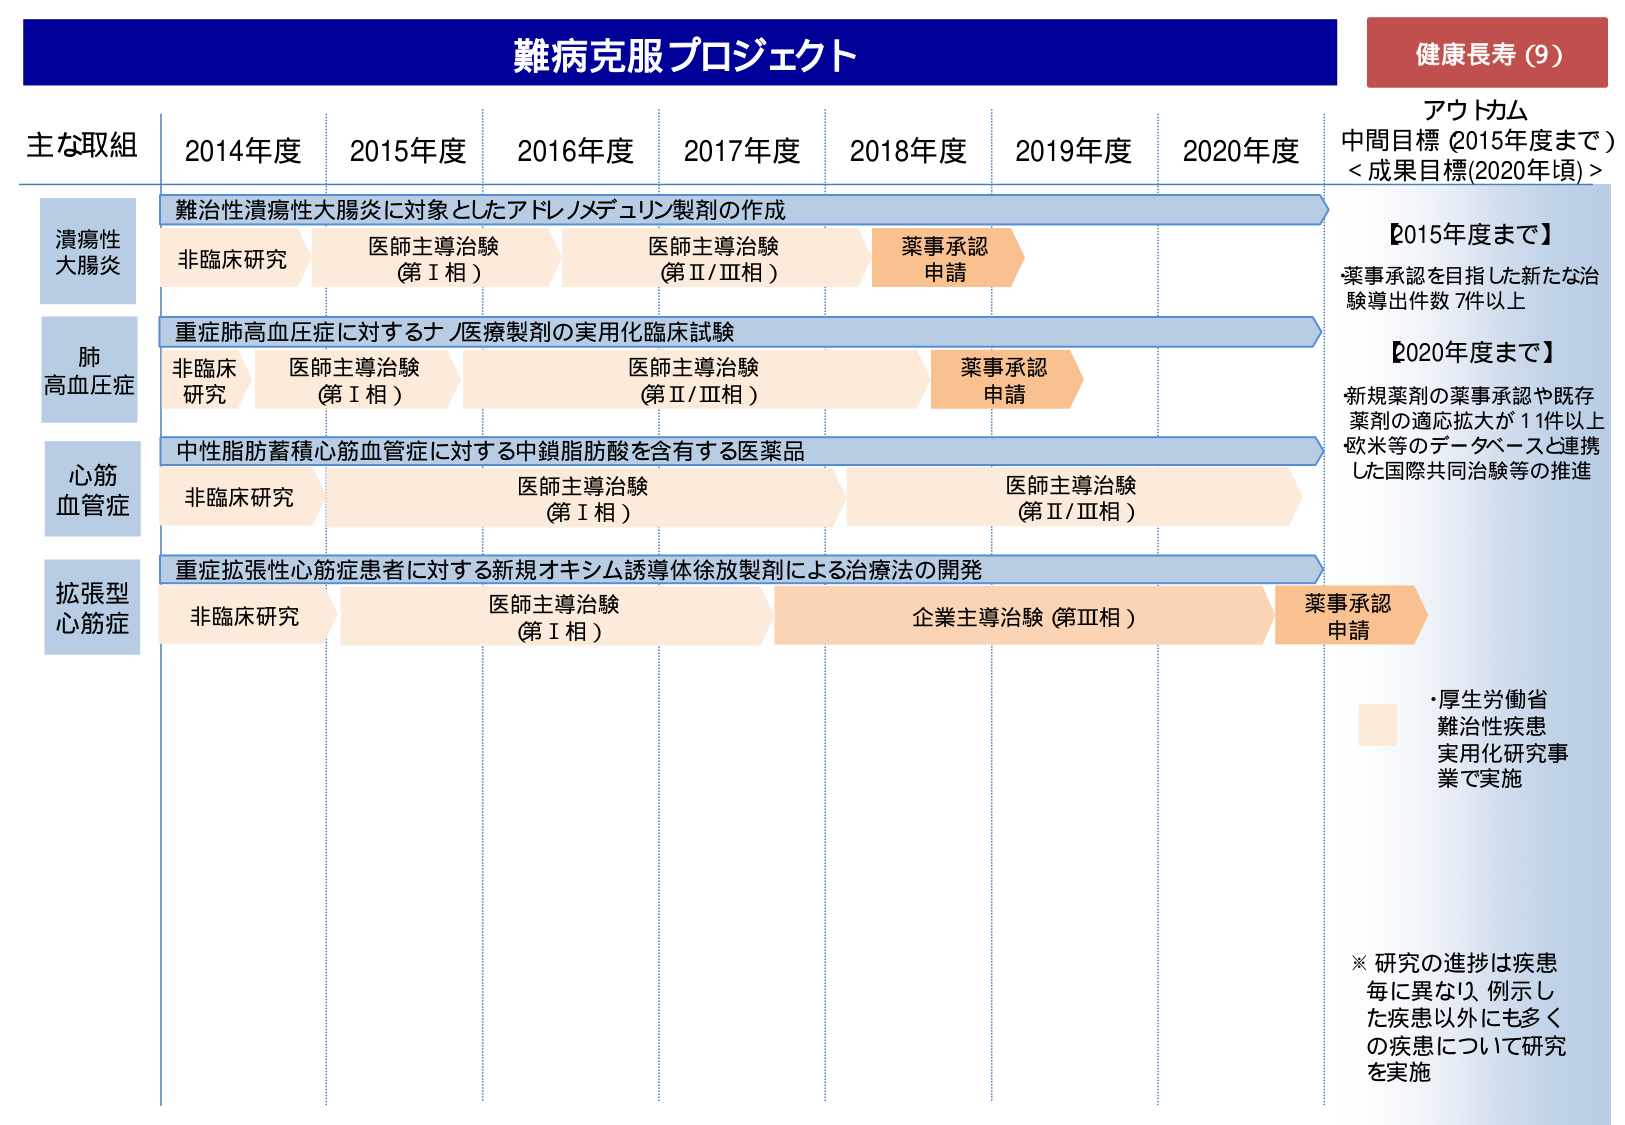
難病克服プロジェクト

健康長寿（9）

アウトカム
中間目標（2015年度まで）
＜成果目標(2020年頃)＞

【2015年度まで】
薬事承認を目指した新たな治験導出件数 7件以上

【2020年度まで】
新規薬剤の薬事承認や既存薬剤の適応拡大が11件以上
欧米等のデータベースと連携した国際共同治験等の推進

・厚生労働省
難治性疾患
実用化研究事業で実施

※ 研究の進捗は疾患毎に異なり、例示した疾患以外にも多くの疾患について研究を実施

主な取組
2014年度 2015年度 2016年度 2017年度 2018年度 2019年度 2020年度

潰瘍性大腸炎
難治性潰瘍性大腸炎に対象としたアドレノメデュリン製剤の作成
非臨床研究
医師主導治験（第Ⅰ相）
医師主導治験（第Ⅱ/Ⅲ相）
薬事承認申請

肺高血圧症
重症肺高血圧症に対するナノ医療製剤の実用化臨床試験
非臨床研究
医師主導治験（第Ⅰ相）
医師主導治験（第Ⅱ/Ⅲ相）
薬事承認申請

心筋血管症
中性脂肪蓄積心筋血管症に対する中鎖脂肪酸を含有する医薬品
非臨床研究
医師主導治験（第Ⅰ相）
医師主導治験（第Ⅱ/Ⅲ相）

拡張型心筋症
重症拡張型心筋症患者に対する新規オキシム誘導体徐放製剤による治療法の開発
非臨床研究
医師主導治験（第Ⅰ相）
企業主導治験（第Ⅲ相）
薬事承認申請